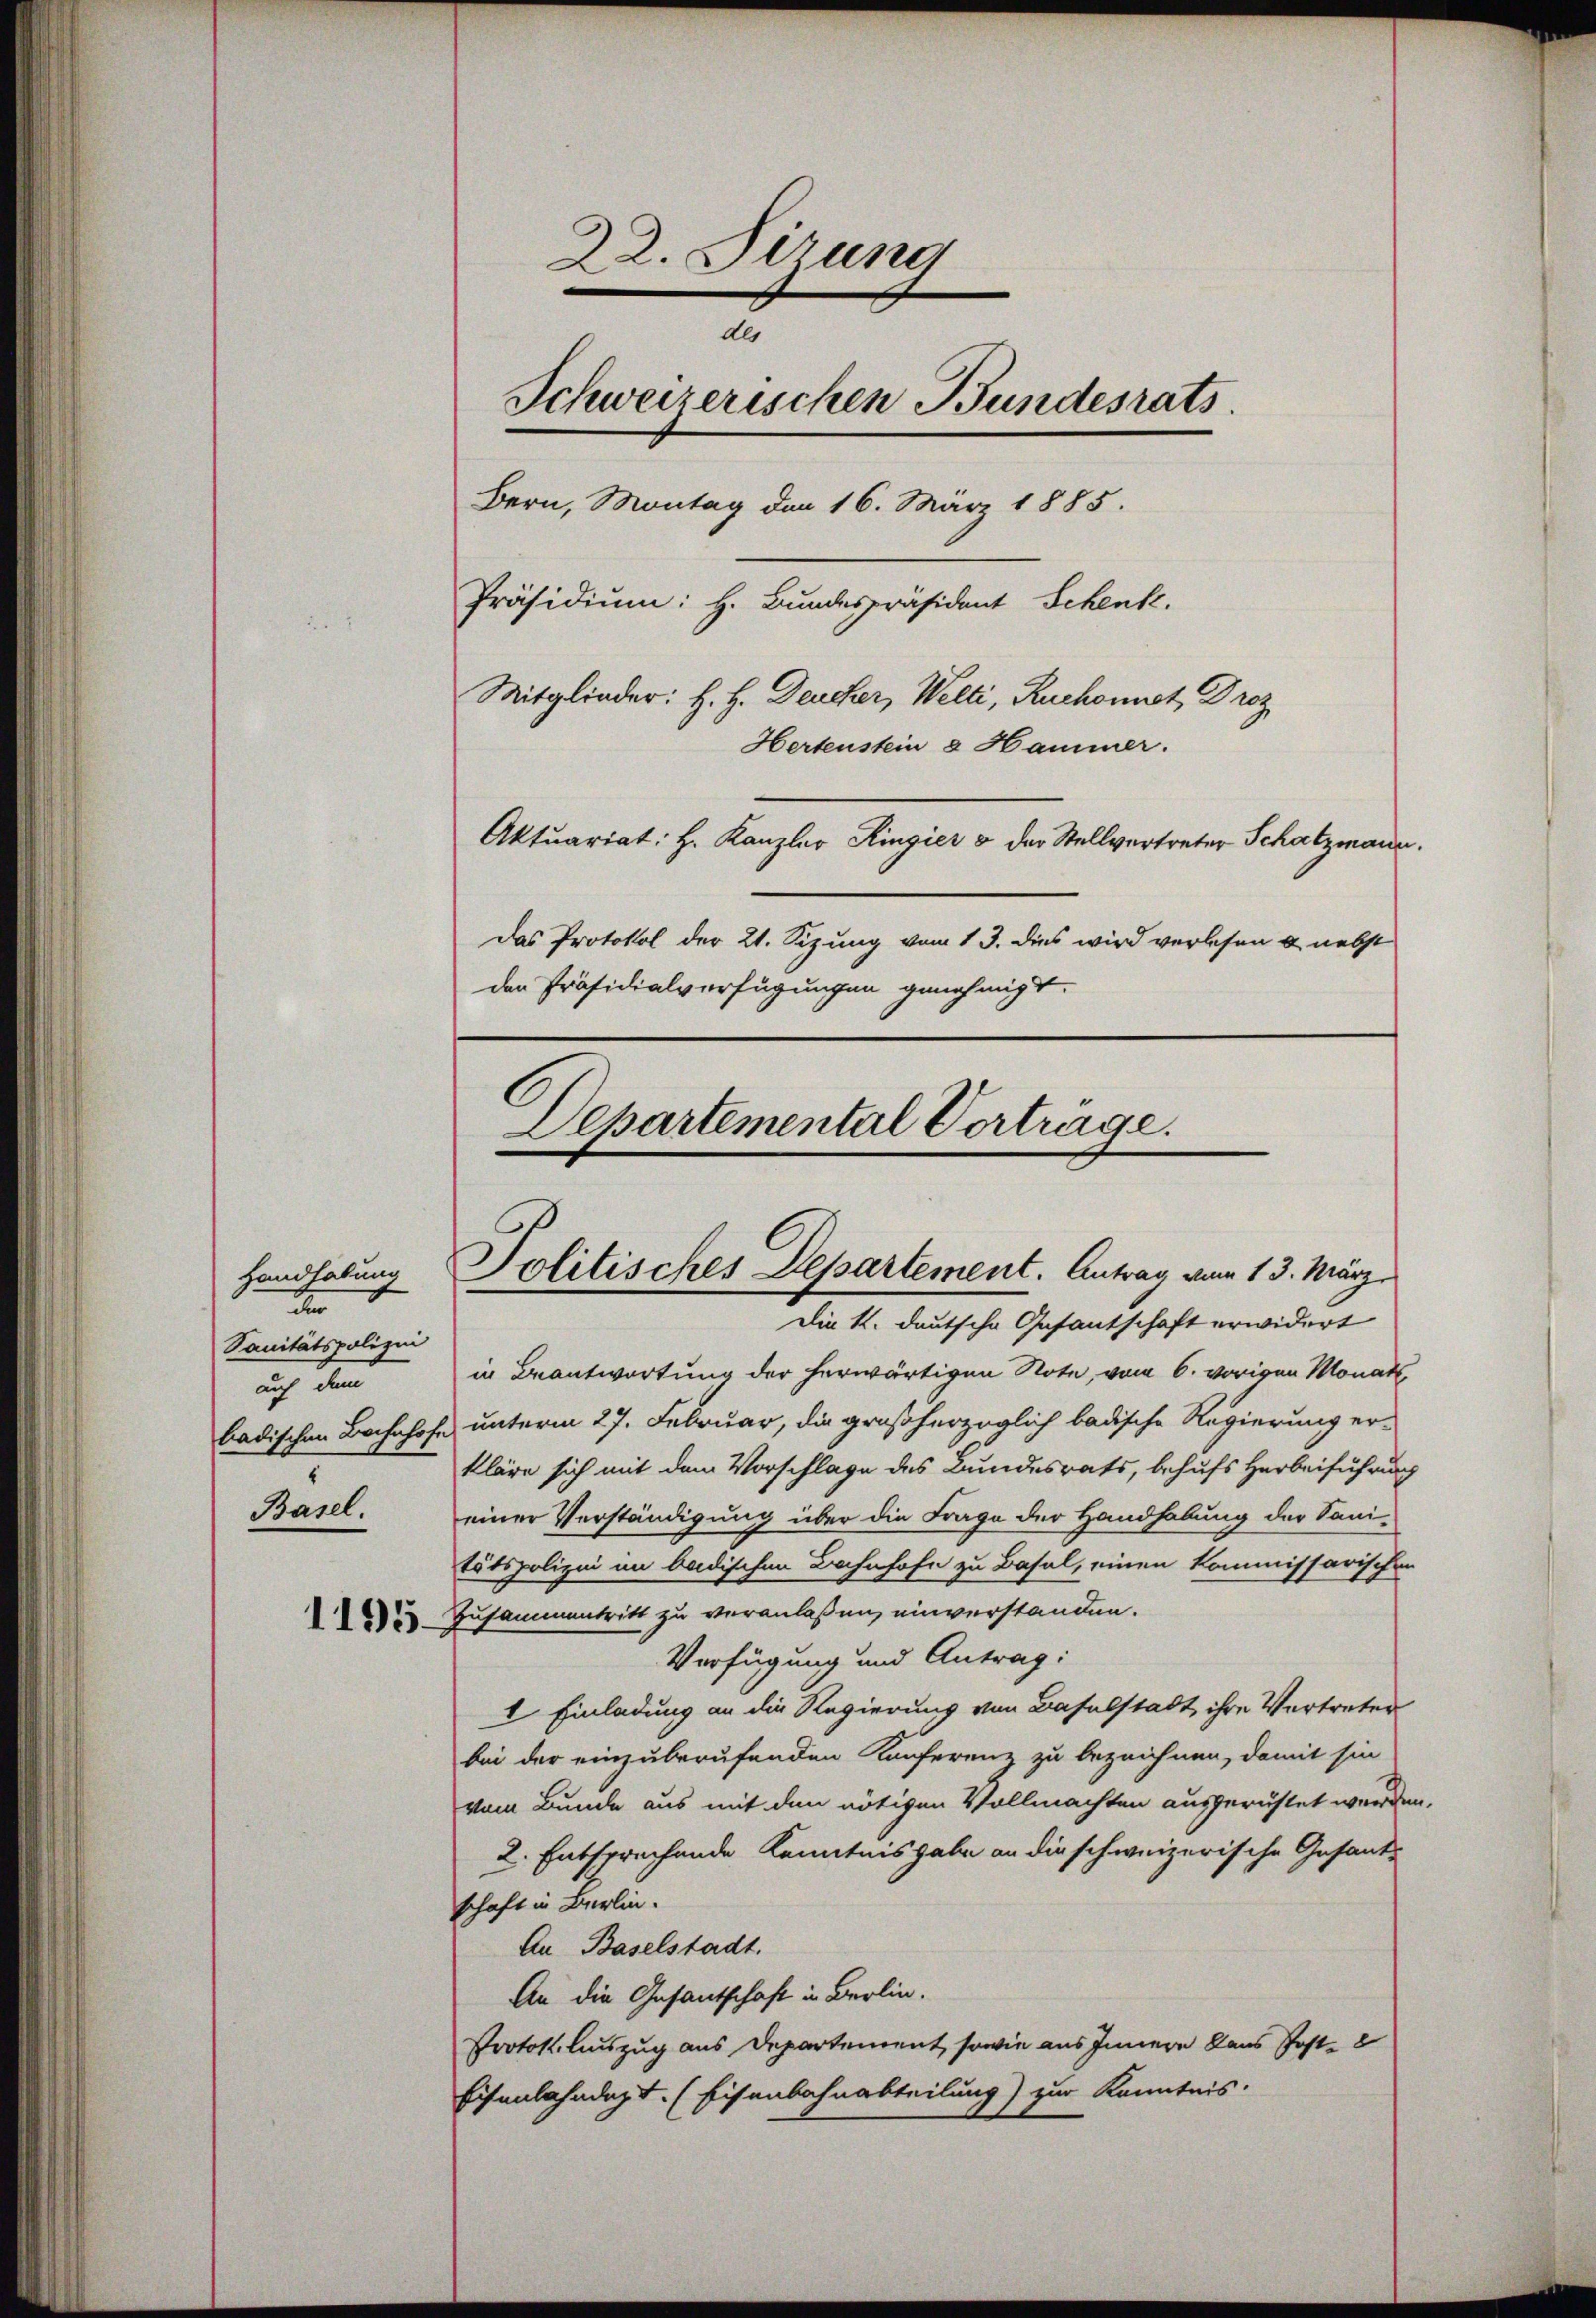
Handhabung
d
Sanitätspolizei
auf dem
Basel.

22. Sizung
des
Schweizerischen Bundesrats.
Bern, Montag den 16. März 1885.
Präsidium: H. Bundespräsident Schenk.
Mitglieder: H. H. Deucher, Welti, Ruchonnst, Droz
Hertenstein & Hammer.
Aktuariat: Hr. Kanzler Ringier & der Stellvertreter Schatzmann.
Das Protokol der 21. Sizung vom 13. dies wird verlesen u. nebst
der Präsidialverfügungen genehmigt.

in Beantwortung der herwärtigen Note, vom 6. vorigen Monat
badischen Bahnhofe unterm 27. Februar, die großherzoglich badische Regierung er-
kläre sich mit dem Vorschlage des Bundesrats, behufs Herbeiführung
einer Verständigung über die Frage der Handhabung der Sani-
tätspolizei im badischen Bahnhofe zu Basel, einen kommissarischen
2 Zusammentritt zu veranlaßen, einverstanden.
Verfügung und Antrag:
2 Einladung an die Regierung von Baselstadt, ihre Vertreter
bei der einzuberufenden Konferenz zu bezeichnen, damit sin
vom Bunde aus mit den nötigen Vollmachten ausgerüstet werden.
2. Entsprechende Kenntnis habe an die schweizerische Gesandschaft in Berlin.
An Baselstadt.
An die Gesantschaft in Berlin.
Protok. Auszug aus Departement, sowie aus Innern dans Post-
Eisenbahndept. (Eisenbahnabteilung) zur Kenntnis.

Departemental Verträge.
Solitisches Departement. Antrag vom 13. März,
Die k. deutsche Gesantschaft erwidert